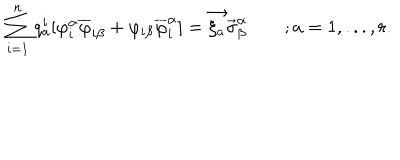
\sum _ { i = 1 } ^ { n } q _ { a } ^ { i } [ \varphi _ { i } ^ { \alpha } \overline { { { \varphi } } } _ { i \beta } + \varphi _ { i \beta } \overline { { { \varphi } } } _ { i } ^ { \alpha } ] = \vec { \xi _ { a } } \vec { \sigma } _ { \beta } ^ { \alpha } \qquad ; a = 1 , . . . , r .